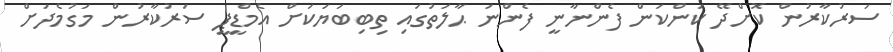
ސަރުކާރުން ކޮށްދޭ ކަންކަން ފެންނާނީ ފެންނަ ޙާލަތުގައި ތިބިބަޔަކަށް އެމްޑީޕީ ސަރުކާރުން މަގުމެދަށް